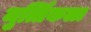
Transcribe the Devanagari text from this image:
मुर्त्तिकला